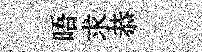
晤求恭